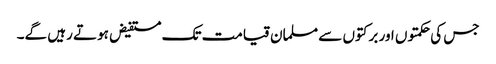
جس کی حکمتوں اور برکتوں سے مسلمان قیامت تک مستفیض ہوتے رہیں گے۔